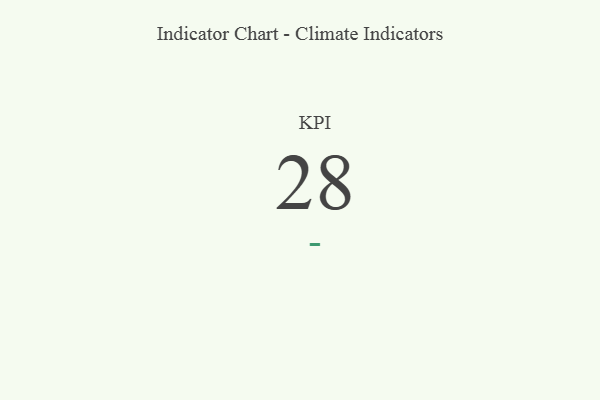
{"axis": {"x": "KPI", "y": "Value"}, "legend": [""], "data": [{"x": "KPI", "y": 28, "type": ""}]}